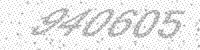
Solution: 940605